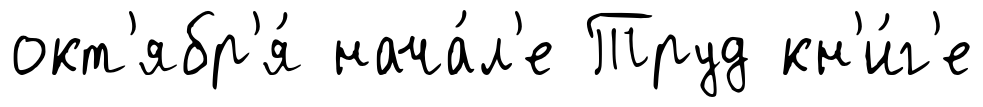
окт'ябр'я́ нача́л'е Труд кн'и́г'е